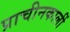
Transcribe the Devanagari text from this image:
प्राचीनकालीं